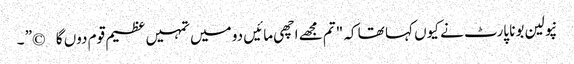
نپولین بونا پارٹ نے کیوں کہا تھا کہ "تم مجھے اچھی مائیں دو میں تمہیں عظیم قوم دوں گا©” ۔